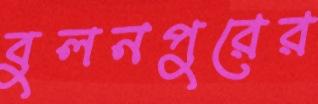
বুলনপুরের